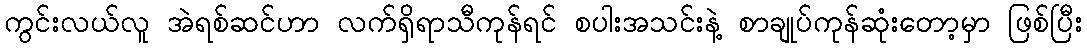
ကွင်းလယ်လူ အဲရစ်ဆင်ဟာ လက်ရှိရာသီကုန်ရင် စပါးအသင်းနဲ့ စာချုပ်ကုန်ဆုံးတော့မှာ ဖြစ်ပြီး